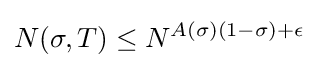
N(\sigma ,T)\leq N^{A(\sigma )(1-\sigma )+\epsilon }